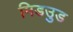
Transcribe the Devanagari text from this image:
मिडउुड